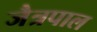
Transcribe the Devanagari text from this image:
जैत्रपाल